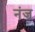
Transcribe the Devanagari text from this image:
नंज